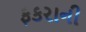
ફકરાની